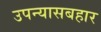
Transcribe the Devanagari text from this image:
उपन्यासबहार